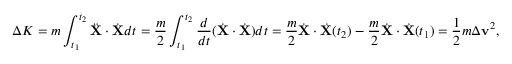
\Delta K = m \int _ { t _ { 1 } } ^ { t _ { 2 } } { \ddot { \mathbf { X } } } \cdot { \dot { \mathbf { X } } } d t = { \frac { m } { 2 } } \int _ { t _ { 1 } } ^ { t _ { 2 } } { \frac { d } { d t } } ( { \dot { \mathbf { X } } } \cdot { \dot { \mathbf { X } } } ) d t = { \frac { m } { 2 } } { \dot { \mathbf { X } } } \cdot { \dot { \mathbf { X } } } ( t _ { 2 } ) - { \frac { m } { 2 } } { \dot { \mathbf { X } } } \cdot { \dot { \mathbf { X } } } ( t _ { 1 } ) = { \frac { 1 } { 2 } } m \Delta \mathbf { v } ^ { 2 } ,